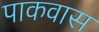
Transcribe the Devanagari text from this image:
पाकवास